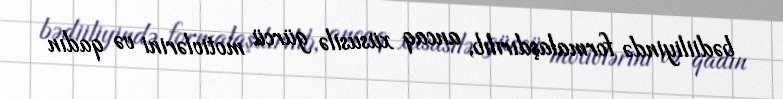
bədiiliyində formalaşdırılıb, ancaq xüsusilə gürcü motivlərini və qadın